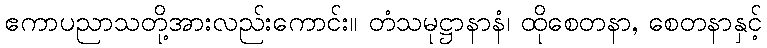
ဧကာပညာသတို့အားလည်းကောင်း။ တံသမုဋ္ဌာနာနံ၊ ထိုစေတနာ, စေတနာနှင့်